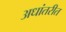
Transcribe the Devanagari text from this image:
अधांतरीत